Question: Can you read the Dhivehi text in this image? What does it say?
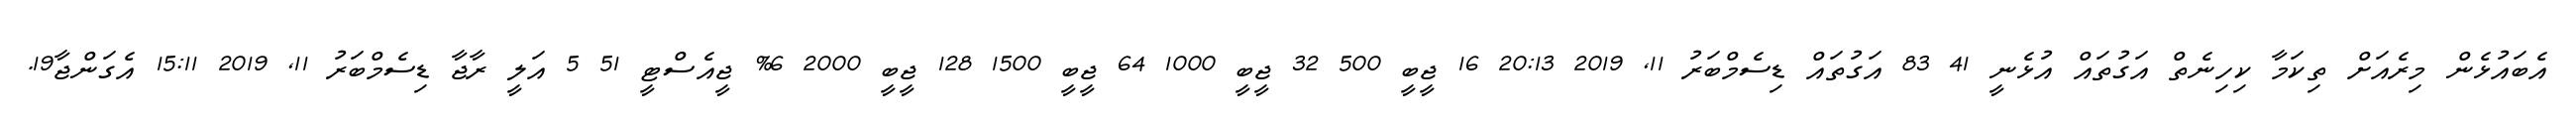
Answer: އެބައުޅެން މިރެއަށް ތިކަމާ ކިހިނެތް އަގުތައް އުޅެނީ 41 83 އަގުތައް ޑިސެމްބަރު 11, 2019 20:13 16 ޖީބީ 500 32 ޖީބީ 1000 64 ޖީބީ 1500 128 ޖީބީ 2000 6% ޖީއެސްޓީ 51 5 އަލީ ރާޖާ ޑިސެމްބަރު 11, 2019 15:11 އެގަންޖާ19.